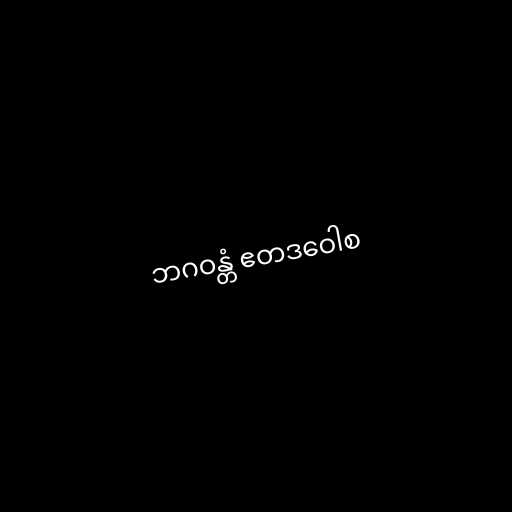
ဘဂဝန္တံ ဧတဒဝေါစ